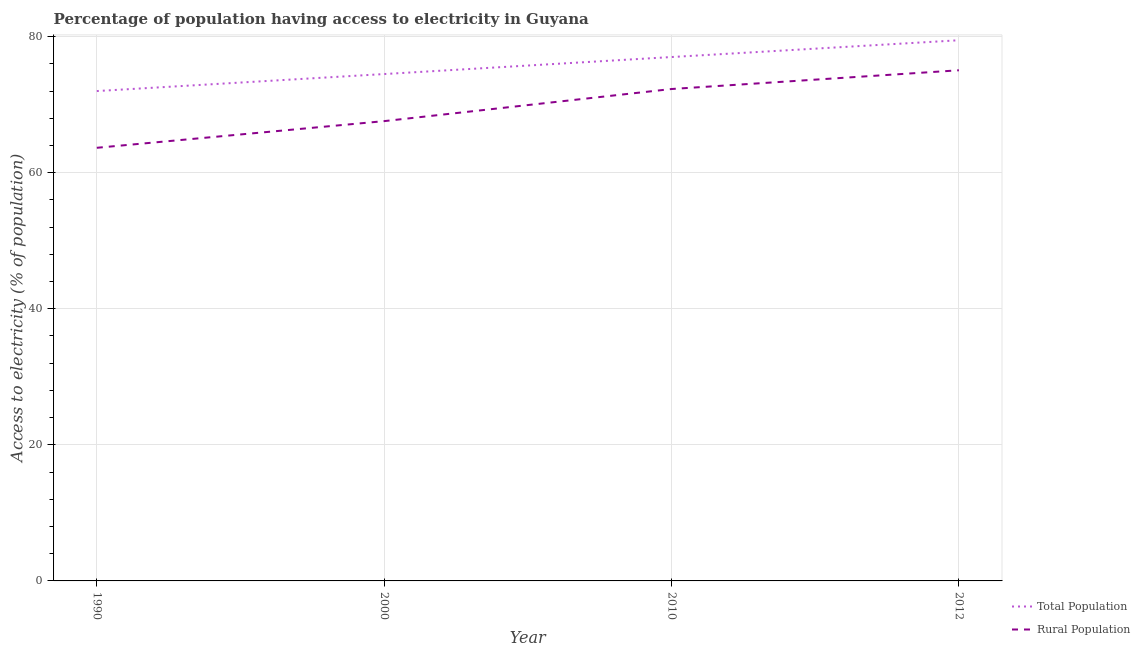
| Year | Total Population | Rural Population |
 | --- | --- | --- |
 | 1990 | 72 | 63.7 |
 | 2000 | 74.5 | 67.6 |
 | 2010 | 77 | 72.3 |
 | 2012 | 79.5 | 75.1 |